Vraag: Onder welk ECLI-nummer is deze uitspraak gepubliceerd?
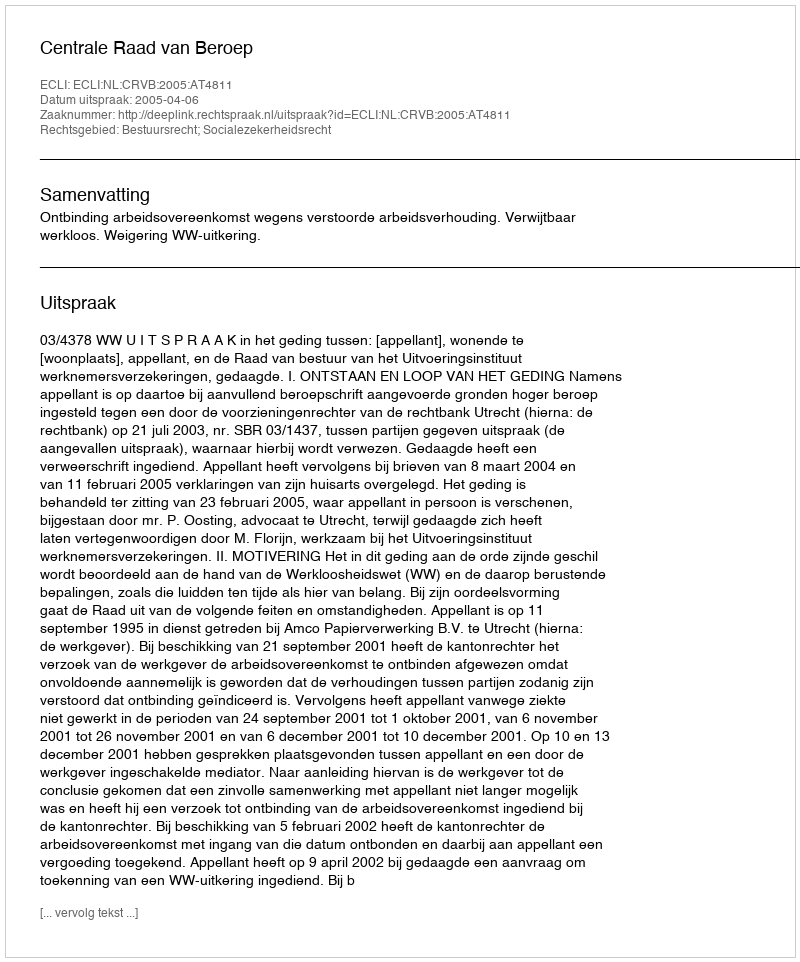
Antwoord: ECLI:NL:CRVB:2005:AT4811